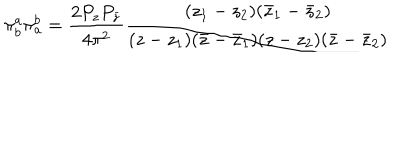
LaTeX: \pi _ { b } ^ { a } \pi _ { a } ^ { b } = \frac { 2 P _ { z } P _ { \bar { z } } } { 4 \pi ^ { 2 } } \frac { ( z _ { 1 } - z _ { 2 } ) ( \bar { z } _ { 1 } - \bar { z } _ { 2 } ) } { ( z - z _ { 1 } ) ( \bar { z } - \bar { z } _ { 1 } ) ( z - z _ { 2 } ) ( \bar { z } - \bar { z } _ { 2 } ) }